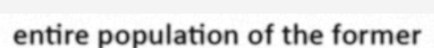
entire population of the former